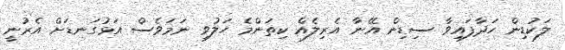
ލަކުޑިން ހަދާފައިވާ ސިޑިން އޭނާ އެރިލެއް ކިތަންމެ ހަލުވި ނަމަވެސް އަޅުގަނޑަށް އެރުނީ